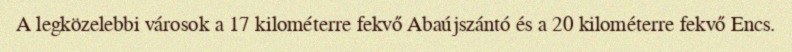
A legközelebbi városok a 17 kilométerre fekvő Abaújszántó és a 20 kilométerre fekvő Encs.